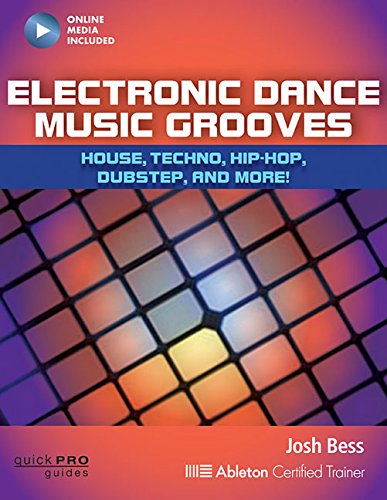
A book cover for Electronic Dance Music Grooves: House, Techno, Hip-Hop, Dubstep, and More! (Quick Pro Guides); Josh Bess; Arts & Photography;